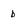
Character: b